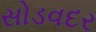
સોડવદર